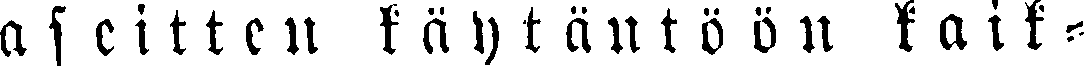
aseitten käytäntöön kaik-